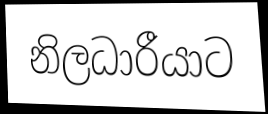
නිලධාරීයාට